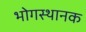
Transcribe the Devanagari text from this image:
भोगस्थानक